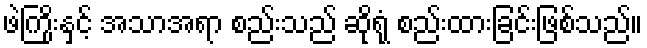
ဖဲကြိုးနှင့် အသာအရာ စည်းသည် ဆိုရုံ စည်းထားခြင်းဖြစ်သည်။